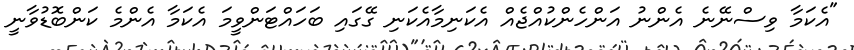
"އެކަމާ ވިސްނޭނެ އެންނު އަންހެންކުއްޖެއް އެކަނިމާއެކަނި ގޭގައި ބަހައްޓަންވީމަ އެކަމާ އެންމެ ކަންބޮޑުވާނީ